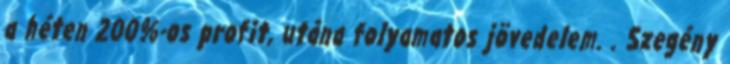
a héten 200%-os profit, utána folyamatos jövedelem. . Szegény